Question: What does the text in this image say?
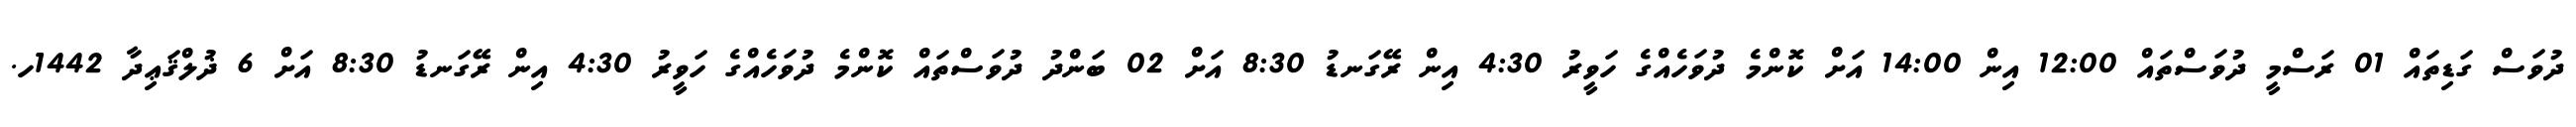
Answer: ދުވަސް ގަޑިތައް 01 ރަސްމީ ދުވަސްތައް 12:00 އިން 14:00 އަށް ކޮންމެ ދުވަހެއްގެ ހަވީރު 4:30 އިން ރޭގަނޑު 8:30 އަށް 02 ބަންދު ދުވަސްތައް ކޮންމެ ދުވަހެއްގެ ހަވީރު 4:30 އިން ރޭގަނޑު 8:30 އަށް 6 ޛުލްޤަޢިދާ 1442ހ.